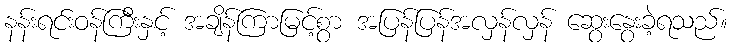
နန်းရင်းဝန်ကြီးနှင့် အချိန်ကြာမြင့်စွာ အပြန်ပြန်အလှန်လှန် ဆွေးနွေးခဲ့ရသည်။